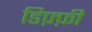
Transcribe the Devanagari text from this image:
डिफ़्फ़ी